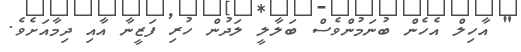
" އާހިލް އެހެން ބުނަމުންވެސް ބަލާލީ ލަދުން ހުރި ފަޒީނާ އާއި ދިމާއަށެވެ.